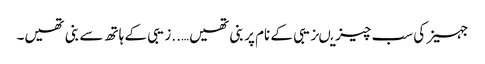
جہیز کی سب چیزیںزیبی کے نام پر بنی تھیں…..زیبی کے ہاتھ سے بنی تھیں۔